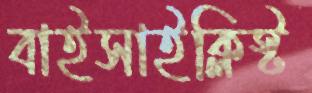
বাইসাইক্লিস্ট